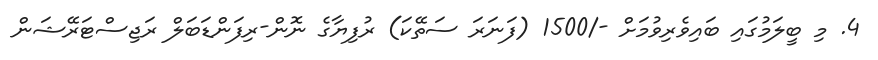
4. މި ބީލަމުގައި ބައިވެރިވުމަށް -/1500 (ފަނަރަ ސަތޭކަ) ރުފިޔާގެ ނޮން-ރިފަންޑަބަލް ރަޖިސްޓަރޭޝަން